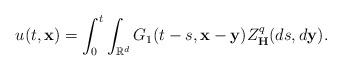
LaTeX: \begin{align*} u(t,\mathbf{x})=\int_{0}^{t}\int_{\mathbb{R} ^{d}}G_1(t-s,\mathbf{x}-\mathbf{y})Z^{q}_{\mathbf{H}}(ds,d\mathbf{y}).\end{align*}